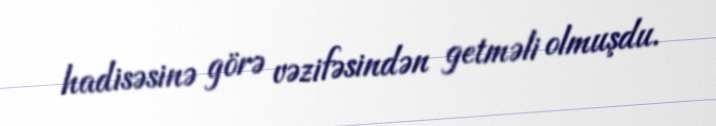
hadisəsinə görə vəzifəsindən getməli olmuşdu.